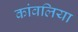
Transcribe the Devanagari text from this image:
कांवलिया